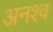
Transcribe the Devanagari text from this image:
अनश्व